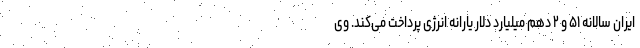
ایران سالانه ۵۱ و ۲ دهم میلیارد دلار یارانه انرژی پرداخت می‌کند. وی